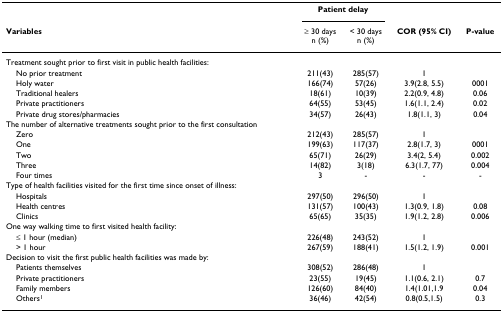
<table><thead><tr><td></td><td colspan="2"><b>Patient delay</b></td><td></td><td></td></tr><tr><td><b>Variables</b></td><td><b>≥ 30 daysn (%)</b></td><td><b>&lt; 30 daysn (%)</b></td><td><b>COR (95% CI)</b></td><td><b>P-value</b></td></tr></thead><tbody><tr><td>Treatment sought prior to first visit in public health facilities:</td><td></td><td></td><td></td><td></td></tr><tr><td> No prior treatment</td><td>211(43)</td><td>285(57)</td><td>1</td><td></td></tr><tr><td> Holy water</td><td>166(74)</td><td>57(26)</td><td>3.9(2.8, 5.5)</td><td>0001</td></tr><tr><td> Traditional healers</td><td>18(61)</td><td>10(39)</td><td>2.2(0.9, 4.8)</td><td>0.06</td></tr><tr><td> Private practitioners</td><td>64(55)</td><td>53(45)</td><td>1.6(1.1, 2.4)</td><td>0.02</td></tr><tr><td> Private drug stores/pharmacies</td><td>34(57)</td><td>26(43)</td><td>1.8(1.1, 3)</td><td>0.04</td></tr><tr><td>The number of alternative treatments sought prior to the first consultation</td><td></td><td></td><td></td><td></td></tr><tr><td> Zero</td><td>212(43)</td><td>285(57)</td><td>1</td><td></td></tr><tr><td> One</td><td>199(63)</td><td>117(37)</td><td>2.8(1.7, 3)</td><td>0001</td></tr><tr><td> Two</td><td>65(71)</td><td>26(29)</td><td>3.4(2, 5.4)</td><td>0.002</td></tr><tr><td> Three</td><td>14(82)</td><td>3(18)</td><td>6.3(1.7, 77)</td><td>0.004</td></tr><tr><td> Four times</td><td>3</td><td>-</td><td>-</td><td>-</td></tr><tr><td>Type of health facilities visited for the first time since onset of illness:</td><td></td><td></td><td></td><td></td></tr><tr><td> Hospitals</td><td>297(50)</td><td>296(50)</td><td>1</td><td></td></tr><tr><td> Health centres</td><td>131(57)</td><td>100(43)</td><td>1.3(0.9, 1.8)</td><td>0.08</td></tr><tr><td> Clinics</td><td>65(65)</td><td>35(35)</td><td>1.9(1.2, 2.8)</td><td>0.006</td></tr><tr><td>One way walking time to first visited health facility:</td><td></td><td></td><td></td><td></td></tr><tr><td> ≤ 1 hour (median)</td><td>226(48)</td><td>243(52)</td><td>1</td><td></td></tr><tr><td> &gt; 1 hour</td><td>267(59)</td><td>188(41)</td><td>1.5(1.2, 1.9)</td><td>0.001</td></tr><tr><td>Decision to visit the first public health facilities was made by:</td><td></td><td></td><td></td><td></td></tr><tr><td> Patients themselves</td><td>308(52)</td><td>286(48)</td><td>1</td><td></td></tr><tr><td> Private practitioners</td><td>23(55)</td><td>19(45)</td><td>1.1(0.6, 2.1)</td><td>0.7</td></tr><tr><td> Family members</td><td>126(60)</td><td>84(40)</td><td>1.4(1.01,1.9</td><td>0.04</td></tr><tr><td> Others<sup>1</sup></td><td>36(46)</td><td>42(54)</td><td>0.8(0.5,1.5)</td><td>0.3</td></tr></tbody></table>